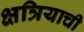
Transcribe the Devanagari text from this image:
क्षत्रियाची